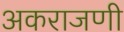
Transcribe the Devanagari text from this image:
अकराजणी